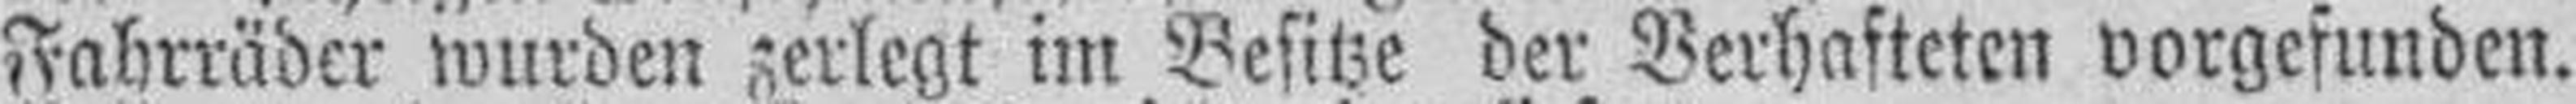
Fahrräder wurden zerlegt im Besitze der Verhafteten vorgefunden.